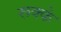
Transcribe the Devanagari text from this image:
रूक्‍के